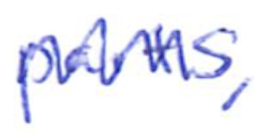
Text: parts,
Cross-out: mix
Writing tool: ballpoint